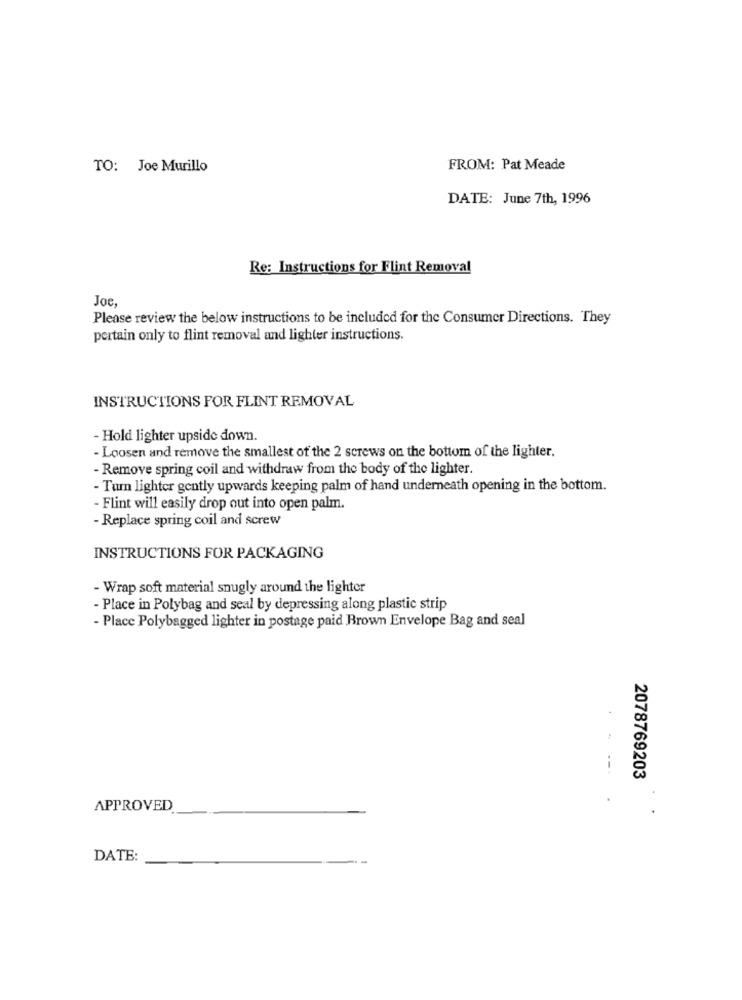
TO: Joe Murillo
FROM: Pat Meade
DATE: June 7th, 1996
Re: Instructions for Flint Removal
Joe,
Please review the below instructions to be included for the Consumer Directions. They
pertain only to flint removal and lighter instructions.
INSTRUCTIONS FOR FLINT REMOVAL
- Hold lighter upside down.
- Loosen and remove the smallest of the 2 screws on the bottom of the lighter.
- Remove spring coil and withdraw from the body of the lighter.
- Turn lighter gently upwards keeping palm of hand underneath opening in the bottom.
- Flint will easily drop out into open palm.
- Replace spring coil and screw
INSTRUCTIONS FOR PACKAGING
- Wrap soft material snugly around the lighter
- Place in Polybag and seal by depressing along plastic strip
- Place Polybagged lighter in postage paid Brown Envelope Bag and seal
--.
2078769203
APPROVED
DATE: